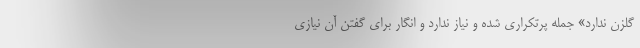
گلزن ندارد» جمله پرتکراری شده و نیاز ندارد و انگار برای گفتن آن نیازی